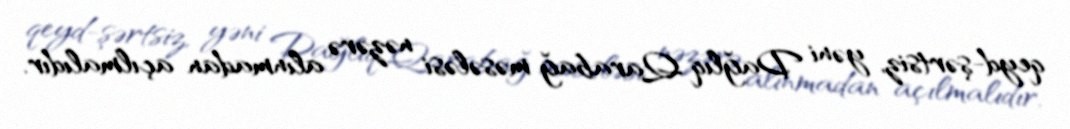
qeyd-şərtsiz, yəni Dağlıq Qarabağ məsələsi nəzərə alınmadan açılmalıdır.